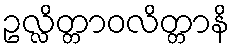
ဥလ္လိတ္တာဝလိတ္တာနိ